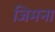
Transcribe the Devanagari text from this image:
जिमना